Annual report of the Punjab Veterinary College and of the Civil Veterinary Department, Punjab - 1909-1919
Year: 1909
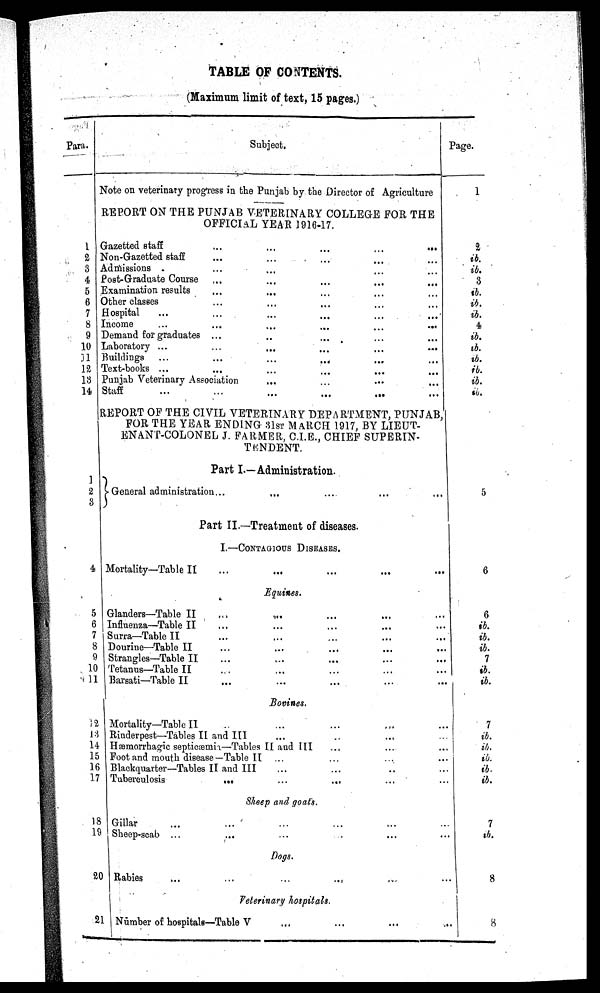
TABLE OF CONTENTS.
(Maximum limit of text, 15 pages.)
Para.
1
2
3
4
5
6
7
8
9
10
11
12
13
14
Subject.
Note on veterinary progress in the Punjab by the Director of Agriculture
REPORT ON THE PUNJAB VETERINARY COLLEGE FOR THE
OFFICIAL YEAR 1916-17.
Gazetted staff ... ... ... ...
Non-Gazetted staff... ... ... ...
Admissions ... ... ... ...
Post-Graduate Course ... ... ... ...
Examination results ... ... ... ...
Other classes... ... ... ...
Hospital ... ... ... ...
Income ... ... ... ...
Demand for graduates ... ... ... ... ...
Laboratory
...
...
...
...
...
...
Buildings ... ... ... ... ... ...
Text-books ... ... ... ... ... ...
Punjab Veterinary Association... ... ... ...
Staff ... ... ... ... ... ...
REPORT OF THE CIVIL VETERINARY DEPARTMENT, PUNJAB,
FOR THE YEAR ENDING 31ST MARCH 1917, BY LIEUT-
ENANT-COLONEL J. FARMER, C.I.E., CHIEF SUPERIN-
TENDENT.
Part I.—Administration.
1
2
3
4
5
6
7
8
9
10
11
12
13
14
15
16
17
18
19
20
21
General administration ... ... ...
Part II.—Treatment of diseases.
I.—CONTAGIOUS DISEASE.
Mortality—Table II ... ... ...
Equines.
Glanders—Table II ... ... ... ... ...
Influenza—Table II ... ... ... ... ...
Surra—Table II ... ... ... ... ...
Dourine—Table II ... ... ... ... ...
Strangles—Table II ... ... ... ... ...
Tetanus—Table II ... ... ... ... ...
Barsati—Table II ... ... ... ... ...
Bovines.
Mortality—Table II ... ... ... ...
Rinderpest—Tables II and III ... ... ...
Hæmorrhagic septicæmia—Tables II and III ... ... ...
Foot and mouth disease—Table II ... ... ... ...
Blackquarter—Tables II and III ... ... ... ...
Tuberculosis
...
...
...
...
...
Sheep and goat's.
Gillar ... ... ... ... ...
Sheep-scab ... ... ... ... ... ...
Dogs.
Rabies
...
...
...
...
...
...
Veterinary hospitals.
Number of hospitals—Table V ... ... ... ... ... ...
Page.
2
ib.
ib.
3
ib.
ib.
ib.
4
ib.
ib.
ib.
ib.
ib.
ib.
5
6
6
ib.
ib.
ib.
7
ib.
ib.
7
ib.
ib.
ib.
ib.
ib.
7
ib.
8
8